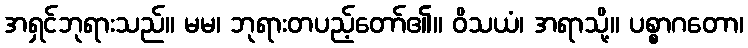
အရှင်ဘုရားသည်။ မမ၊ ဘုရားတပည့်တော်၏။ ဝိသယံ၊ အရာသို့။ ပစ္စာဂတော၊